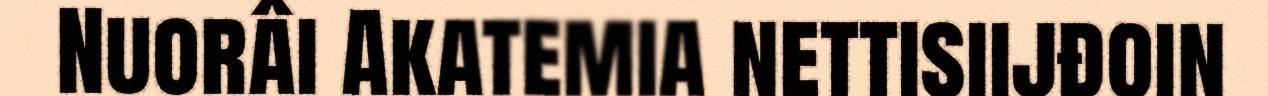
Nuorâi Akatemia nettisiijđoin